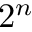
2 ^ { n }